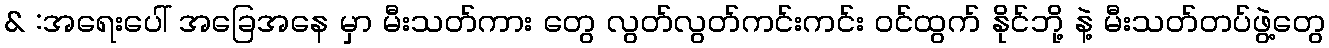
& :အရေးပေါ် အခြေအနေ မှာ မီးသတ်ကား တွေ လွတ်လွတ်ကင်းကင်း ဝင်ထွက် နိုင်ဘို့ နဲ့ မီးသတ်တပ်ဖွဲ့တွေ